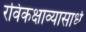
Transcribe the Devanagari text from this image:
रविकक्षाव्यासार्ध